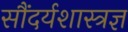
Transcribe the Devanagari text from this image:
सौंदर्यशास्त्रज्ञ